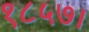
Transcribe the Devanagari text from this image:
१८५७।